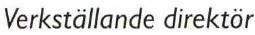
Verkställande direktör